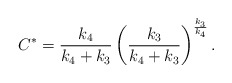
\begin{align*}C^*=\frac {k_4}{k_4+k_3} \left( \frac {k_3}{k_4+k_3}\right)^{\frac {k_3}{k_4}}.\end{align*}